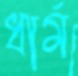
ধার্ম